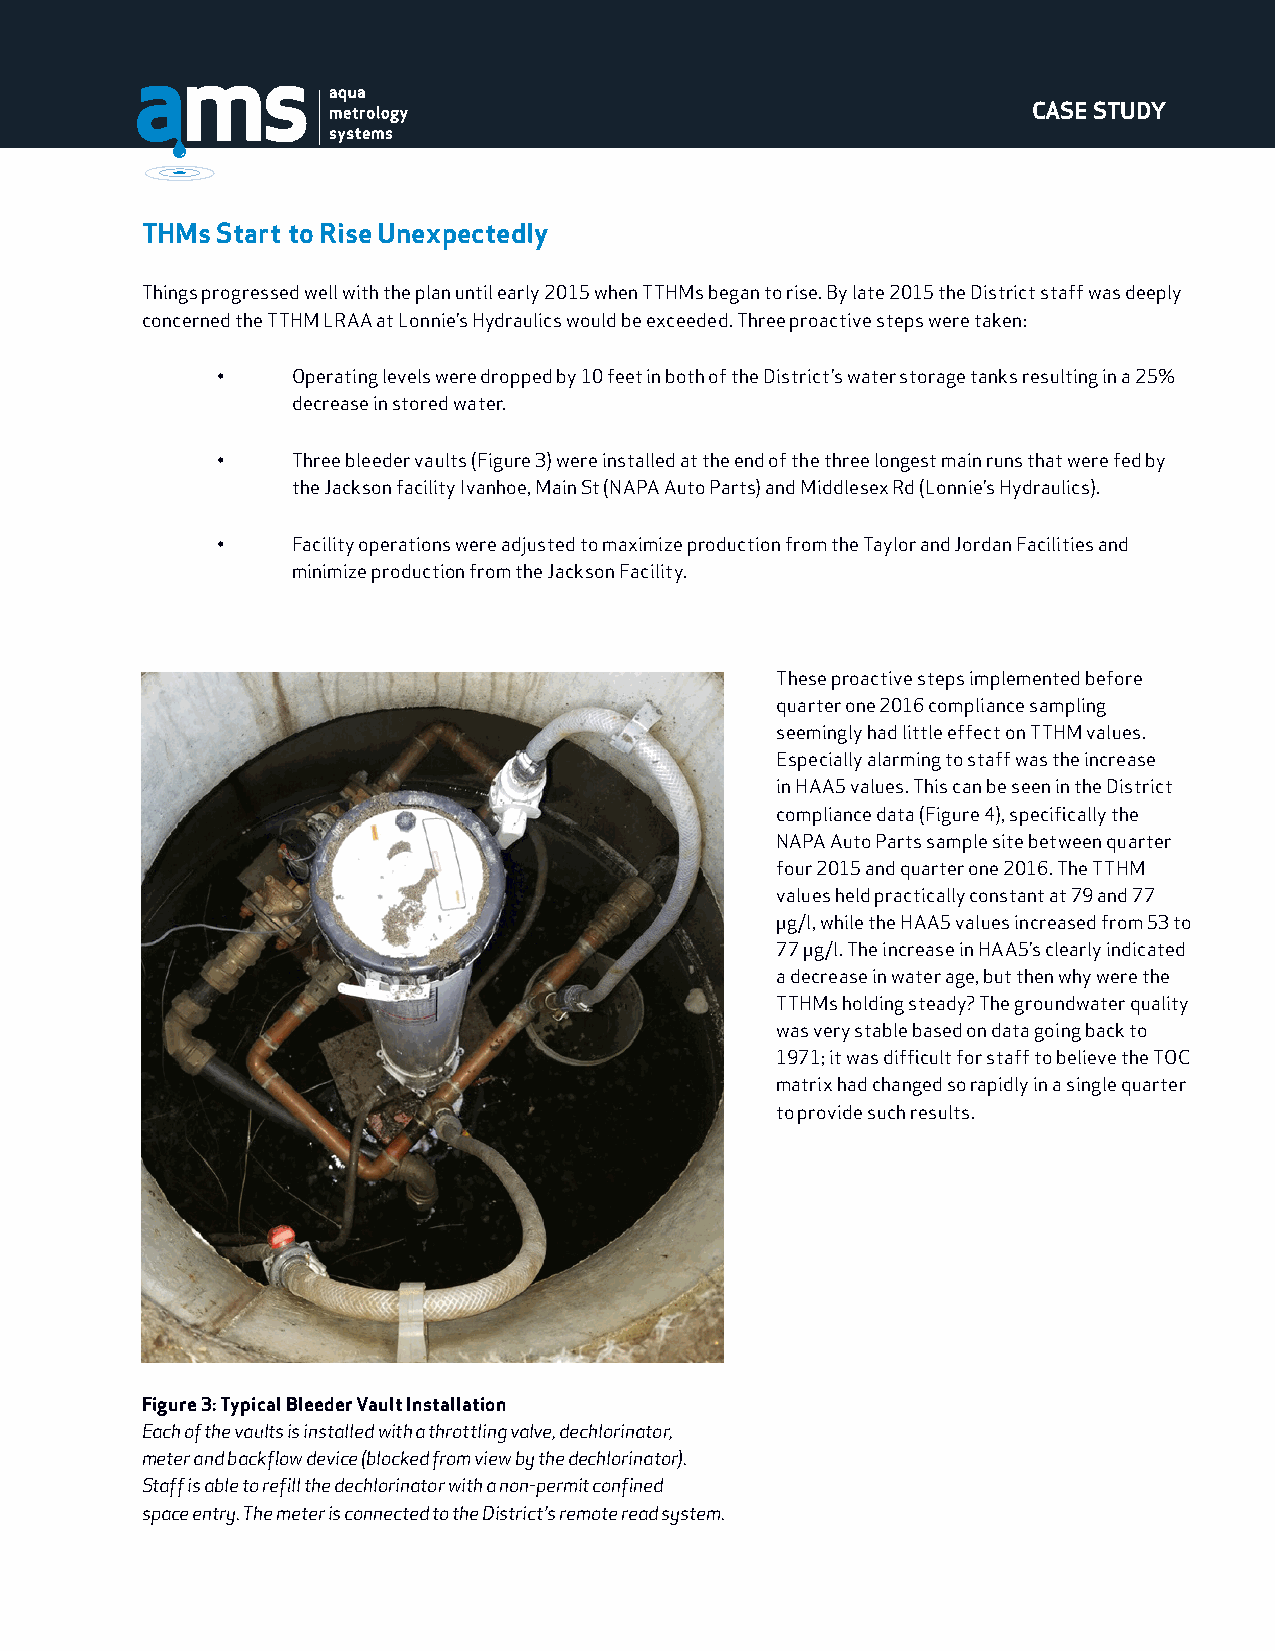
CASE STUDY
 THMs Start to Rise Unexpectedly
 Things progressed well with the plan until early 2015 when TTHMs began to rise. By late 2015 the District staff was deeply
 concerned the TTHM LRAA at Lonnie’s Hydraulics would be exceeded. Three proactive steps were taken:
 •    Operating levels were dropped by 10 feet in both of the District’s water storage tanks resulting in a 25%
 decrease in stored water.
 •    Three bleeder vaults (Figure 3) were installed at the end of the three longest main runs that were fed by
 the Jackson facility Ivanhoe, Main St (NAPA Auto Parts) and Middlesex Rd (Lonnie’s Hydraulics).
 •    Facility operations were adjusted to maximize production from the Taylor and Jordan Facilities and
 minimize production from the Jackson Facility.
 These proactive steps implemented before
 quarter one 2016 compliance sampling
 seemingly had little effect on TTHM values.
 Especially alarming to staff was the increase
 in HAA5 values. This can be seen in the District
 compliance data (Figure 4), specifically the
 NAPA Auto Parts sample site between quarter
 four 2015 and quarter one 2016. The TTHM
 values held practically constant at 79 and 77
 μg/l, while the HAA5 values increased from 53 to
 77 μg/l. The increase in HAA5’s clearly indicated
 a decrease in water age, but then why were the
 TTHMs holding steady? The groundwater quality
 was very stable based on data going back to
 1971; it was difficult for staff to believe the TOC
 matrix had changed so rapidly in a single quarter
 to provide such results.
 Figure 3: Typical Bleeder Vault Installation
 Each of the vaults is installed with a throttling valve, dechlorinator,
 meter and backflow device (blocked from view by the dechlorinator).
 Staff is able to refill the dechlorinator with a non-permit confined
 space entry. The meter is connected to the District’s remote read system.